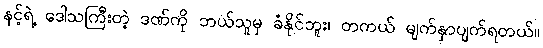
နင့်ရဲ့ ဒေါသကြီးတဲ့ ဒဏ်ကို ဘယ်သူမှ ခံနိုင်ဘူး၊ တကယ် မျက်နှာပျက်ရတယ်။